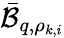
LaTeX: \bar{\mathcal{B}}_{q,\rho_{k,i}}